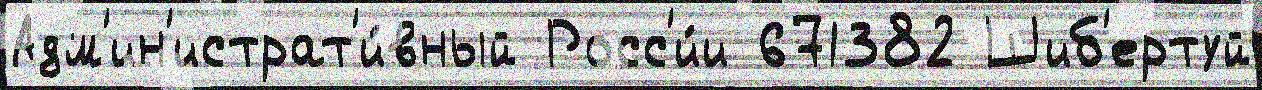
Адм'ин'истрат'и́вный Росс'и́и 671382 Шиб'ертуй